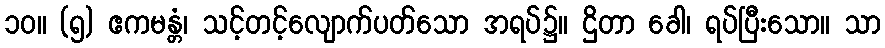
၁၀။ (၅) ဧကမန္တံ၊ သင့်တင့်လျောက်ပတ်သော အရပ်၌။ ဌိတာ ခေါ၊ ရပ်ပြီးသော။ သာ